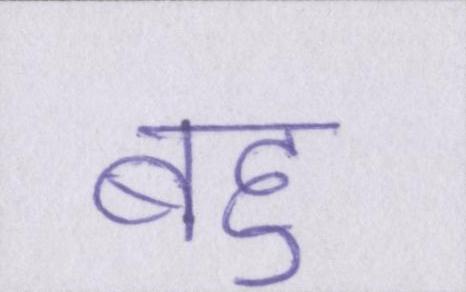
बहु